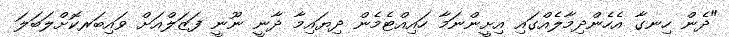
"ދެން ހިނގާ އެހެންދިމާލެއްގައި އިށީންނަމާ ހައިއްޓެމެން ދިޔައިމާ ދާނީ ނޫނީ ފަޒަލްއަށް ވައިބަރކޮށްލަބަލަ